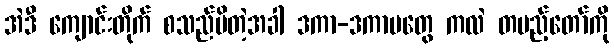
အဲဒီ ကျောင်းတိုက် စသည်မိတဲ့အခါ ဒကာ-ဒကာမတွေ ကလဲ တပည့်တော်ကို